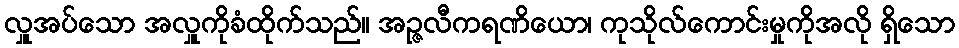
လှူအပ်သော အလှူကိုခံထိုက်သည်။ အဉ္ဇလီကရဏိယော၊ ကုသိုလ်ကောင်းမှုကိုအလို ရှိသော